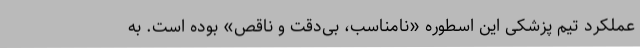
عملکرد تیم پزشکی این اسطوره «نامناسب، بی‌دقت و ناقص» بوده است. به